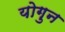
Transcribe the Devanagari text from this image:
योगुन